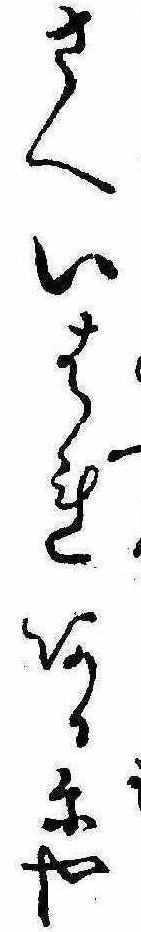
さへいはれあるにや